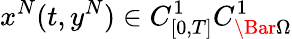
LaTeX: x^{N}(t,y^{N})\in C_{[0,T]}^{1}C_{\Bar{\Omega}}^{1}